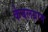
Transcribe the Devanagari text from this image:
केबलग्राम